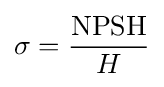
\sigma ={\frac {\text{NPSH}}{H}}